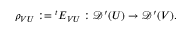
\rho _ { V U } : = { } ^ { t } E _ { V U } : { \mathcal { D } } ^ { \prime } ( U ) \to { \mathcal { D } } ^ { \prime } ( V ) .